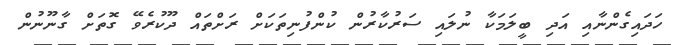
ހަދައިގެންނާއި އަދި ބީލަމަކާ ނުލައި ސަރުކާރުން ކުންފުނިތަކަށް ރަށްތައް ދޫކުރެވޭ ގޮތަށް ގާނޫނުން